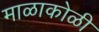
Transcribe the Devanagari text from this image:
माळाकोळी